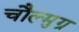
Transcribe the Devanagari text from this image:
चौल्मुग्र